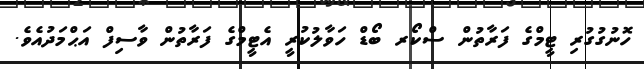
ހޮނުގުގުރި ޓީމްގެ ފަރާތުން ސްކޯރ ބޯޑް ހަވާލުކުރީ އެޓީމްގެ ފަރާތުން ވާސިފް އަޙްމަދުއެވެ.